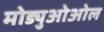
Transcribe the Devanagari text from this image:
मोड्युओओल